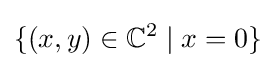
\{(x,y)\in \mathbb {C} ^{2}\mid x=0\}